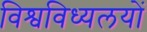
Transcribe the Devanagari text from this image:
विश्वविध्यलयों